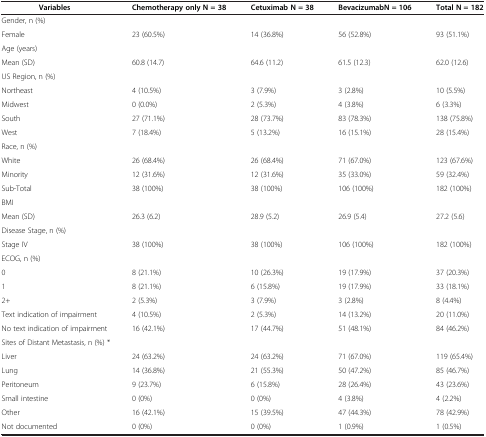
<table><thead><tr><td><b>Variables</b></td><td><b>Chemotherapy only N = 38</b></td><td><b>Cetuximab N = 38</b></td><td><b>BevacizumabN = 106</b></td><td><b>Total N = 182</b></td></tr></thead><tbody><tr><td colspan="5">Gender, n (%)</td></tr><tr><td>Female</td><td>23 (60.5%)</td><td>14 (36.8%)</td><td>56 (52.8%)</td><td>93 (51.1%)</td></tr><tr><td colspan="5">Age (years)</td></tr><tr><td>Mean (SD)</td><td>60.8 (14.7)</td><td>64.6 (11.2)</td><td>61.5 (12.3)</td><td>62.0 (12.6)</td></tr><tr><td colspan="5">US Region, n (%)</td></tr><tr><td>Northeast</td><td>4 (10.5%)</td><td>3 (7.9%)</td><td>3 (2.8%)</td><td>10 (5.5%)</td></tr><tr><td>Midwest</td><td>0 (0.0%)</td><td>2 (5.3%)</td><td>4 (3.8%)</td><td>6 (3.3%)</td></tr><tr><td>South</td><td>27 (71.1%)</td><td>28 (73.7%)</td><td>83 (78.3%)</td><td>138 (75.8%)</td></tr><tr><td>West</td><td>7 (18.4%)</td><td>5 (13.2%)</td><td>16 (15.1%)</td><td>28 (15.4%)</td></tr><tr><td colspan="5">Race, n (%)</td></tr><tr><td>White</td><td>26 (68.4%)</td><td>26 (68.4%)</td><td>71 (67.0%)</td><td>123 (67.6%)</td></tr><tr><td>Minority</td><td>12 (31.6%)</td><td>12 (31.6%)</td><td>35 (33.0%)</td><td>59 (32.4%)</td></tr><tr><td>Sub-Total</td><td>38 (100%)</td><td>38 (100%)</td><td>106 (100%)</td><td>182 (100%)</td></tr><tr><td colspan="5">BMI</td></tr><tr><td>Mean (SD)</td><td>26.3 (6.2)</td><td>28.9 (5.2)</td><td>26.9 (5.4)</td><td>27.2 (5.6)</td></tr><tr><td colspan="5">Disease Stage, n (%)</td></tr><tr><td>Stage IV</td><td>38 (100%)</td><td>38 (100%)</td><td>106 (100%)</td><td>182 (100%)</td></tr><tr><td colspan="5">ECOG, n (%)</td></tr><tr><td>0</td><td>8 (21.1%)</td><td>10 (26.3%)</td><td>19 (17.9%)</td><td>37 (20.3%)</td></tr><tr><td>1</td><td>8 (21.1%)</td><td>6 (15.8%)</td><td>19 (17.9%)</td><td>33 (18.1%)</td></tr><tr><td>2+</td><td>2 (5.3%)</td><td>3 (7.9%)</td><td>3 (2.8%)</td><td>8 (4.4%)</td></tr><tr><td>Text indication of impairment</td><td>4 (10.5%)</td><td>2 (5.3%)</td><td>14 (13.2%)</td><td>20 (11.0%)</td></tr><tr><td>No text indication of impairment</td><td>16 (42.1%)</td><td>17 (44.7%)</td><td>51 (48.1%)</td><td>84 (46.2%)</td></tr><tr><td colspan="5">Sites of Distant Metastasis, n (%) *</td></tr><tr><td>Liver</td><td>24 (63.2%)</td><td>24 (63.2%)</td><td>71 (67.0%)</td><td>119 (65.4%)</td></tr><tr><td>Lung</td><td>14 (36.8%)</td><td>21 (55.3%)</td><td>50 (47.2%)</td><td>85 (46.7%)</td></tr><tr><td>Peritoneum</td><td>9 (23.7%)</td><td>6 (15.8%)</td><td>28 (26.4%)</td><td>43 (23.6%)</td></tr><tr><td>Small intestine</td><td>0 (0%)</td><td>0 (0%)</td><td>4 (3.8%)</td><td>4 (2.2%)</td></tr><tr><td>Other</td><td>16 (42.1%)</td><td>15 (39.5%)</td><td>47 (44.3%)</td><td>78 (42.9%)</td></tr><tr><td>Not documented</td><td>0 (0%)</td><td>0 (0%)</td><td>1 (0.9%)</td><td>1 (0.5%)</td></tr></tbody></table>